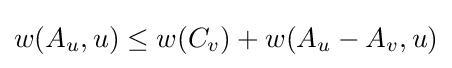
w(A_{u},u)\leq w(C_{v})+w(A_{u}-A_{v},u)